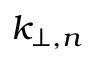
k _ { \perp , n }